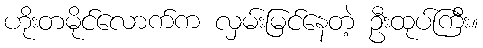
ဟိုးတမိုင်လောက်က လှမ်းမြင်နေတဲ့ ဦးထုပ်ကြီး။